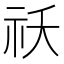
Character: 祅